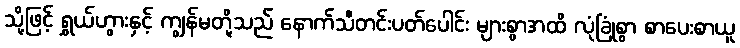
သို့ဖြင့် ရွှယ်ဟွားနှင့် ကျွန်မတို့သည် နောက်သီတင်းပတ်ပေါင်း များစွာအထိ လုံခြုံစွာ စာပေးစာယူ